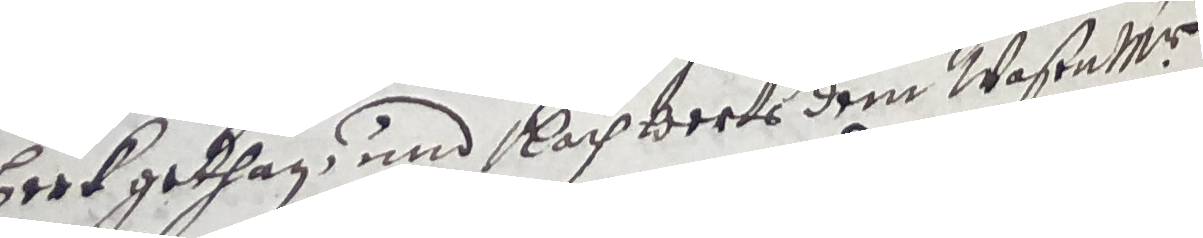
berkgethan und kachberts dem wasenmr